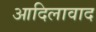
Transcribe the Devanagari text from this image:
आदिलावाद